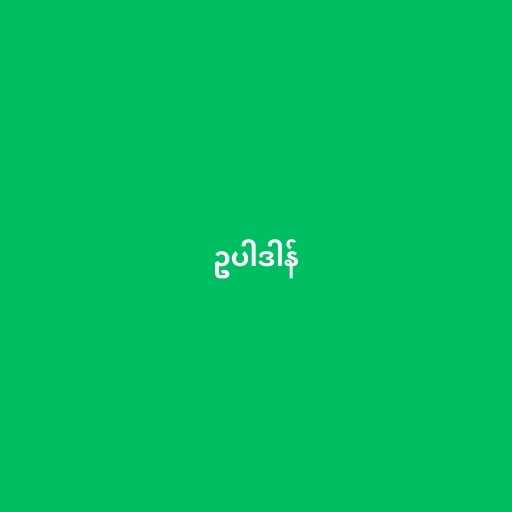
ဥပါဒါန်